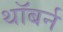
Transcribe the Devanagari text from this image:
थॉबर्न